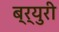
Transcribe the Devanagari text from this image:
ब्र्युरी